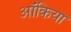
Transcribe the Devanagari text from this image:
ऑंकिया